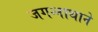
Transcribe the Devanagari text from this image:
जगन्‍नाथाने